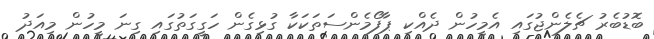
ބޮޑުބެރު ޗެލެންޖުގައި އެމީހުން ދެއްކި ޕާފޯމެންސަތަކަކާ ގުޅިގެން ހަގީގަތުގައި ގިނަ މީހުން މިއަދު